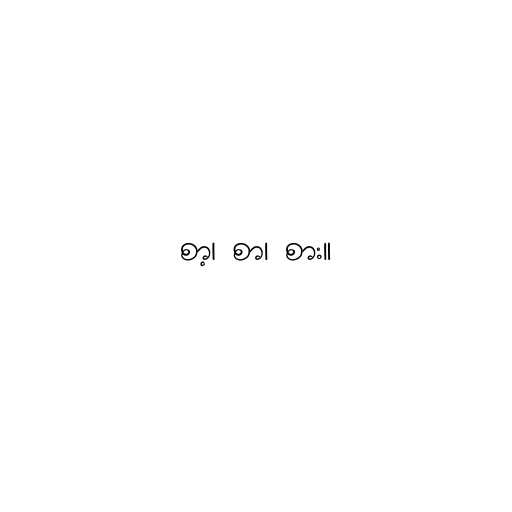
စာ့၊ စာ၊ စား။